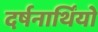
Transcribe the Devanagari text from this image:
दर्षनार्थिंयो